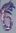
Text: 6